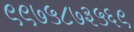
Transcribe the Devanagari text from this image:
९९७५८७३५६९